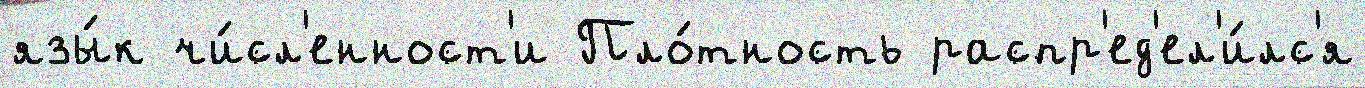
язы́к чи́сл'енност'и Пло́тность распр'ед'ел'и́лс'я